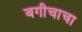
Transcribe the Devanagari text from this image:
बगीचाचा